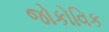
જોકોવિક